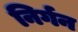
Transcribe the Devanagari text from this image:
निर्गन